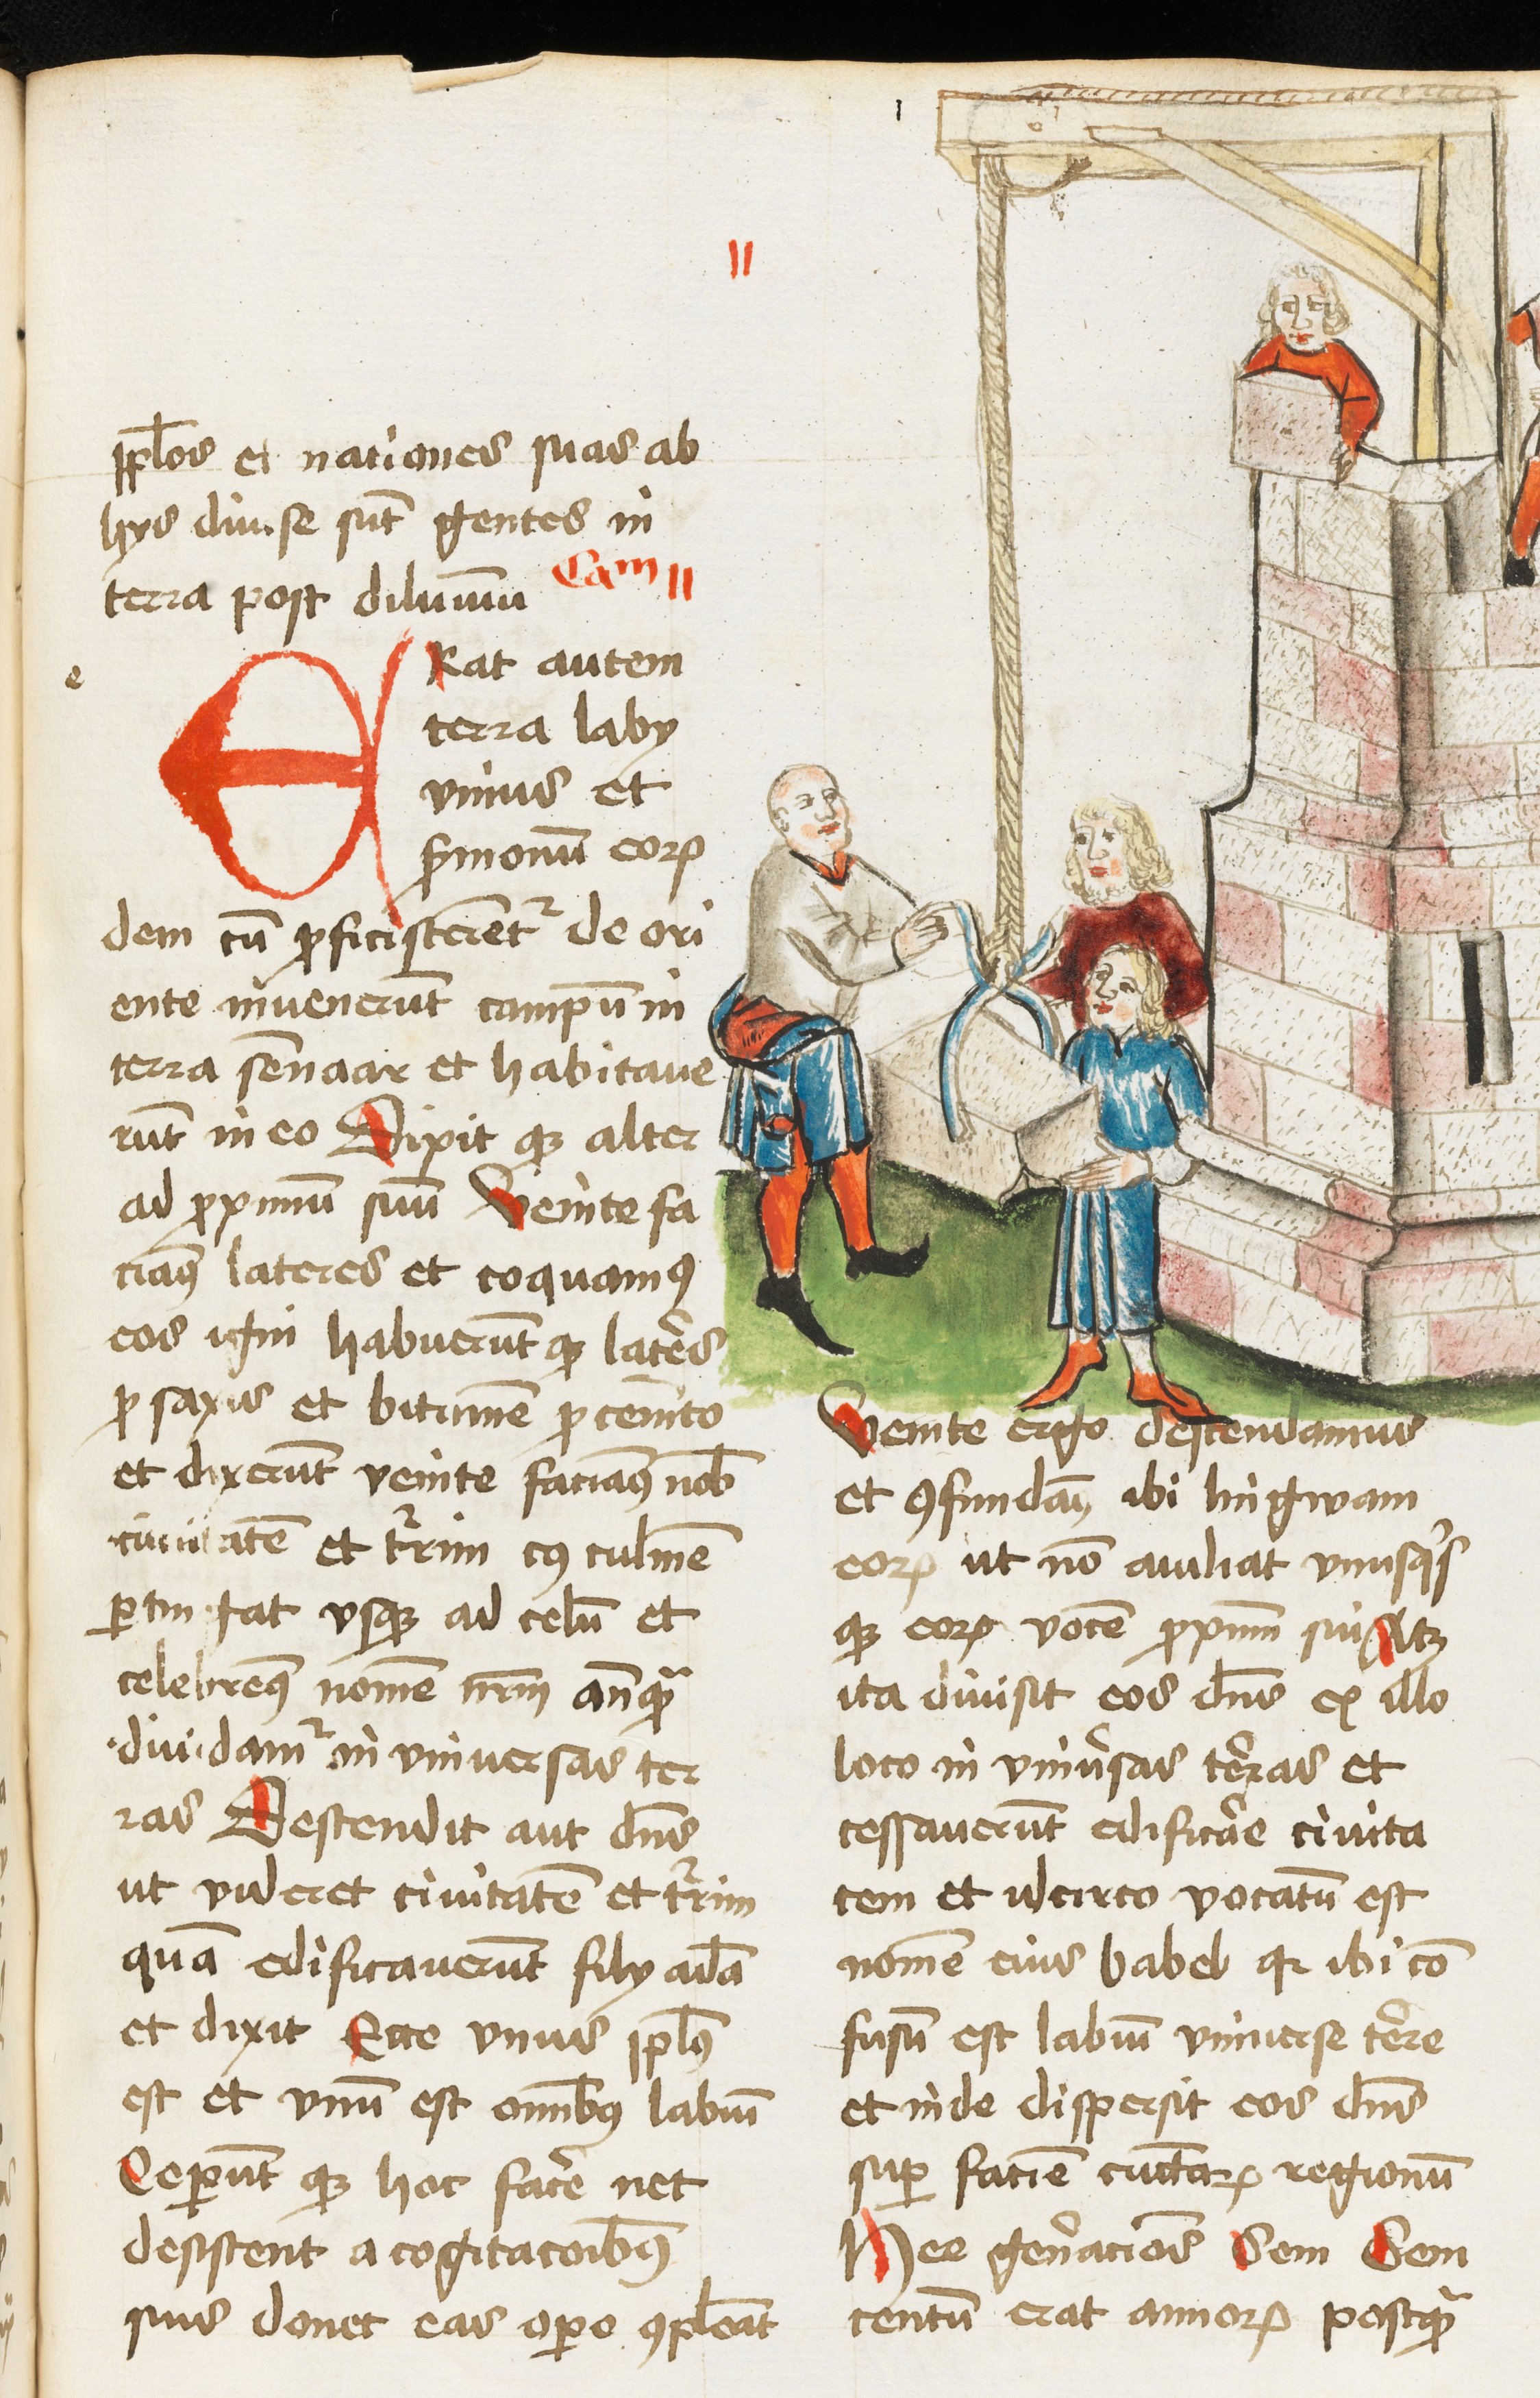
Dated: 1459–1461